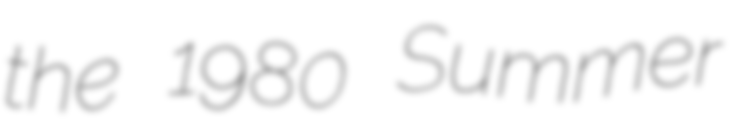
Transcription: the 1980 Summer